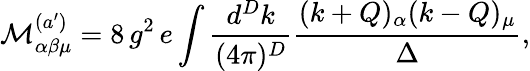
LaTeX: {\mathcal{M}}_{\alpha\beta\mu}^{(a^{\prime})}=8\, g^{2}\, e\int\frac{d^{D}k}{(4\pi)^{D}}\frac{(k+Q)_{\alpha}(k-Q)_{\mu}}{\Delta},